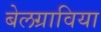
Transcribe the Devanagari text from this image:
बेलग्राविया